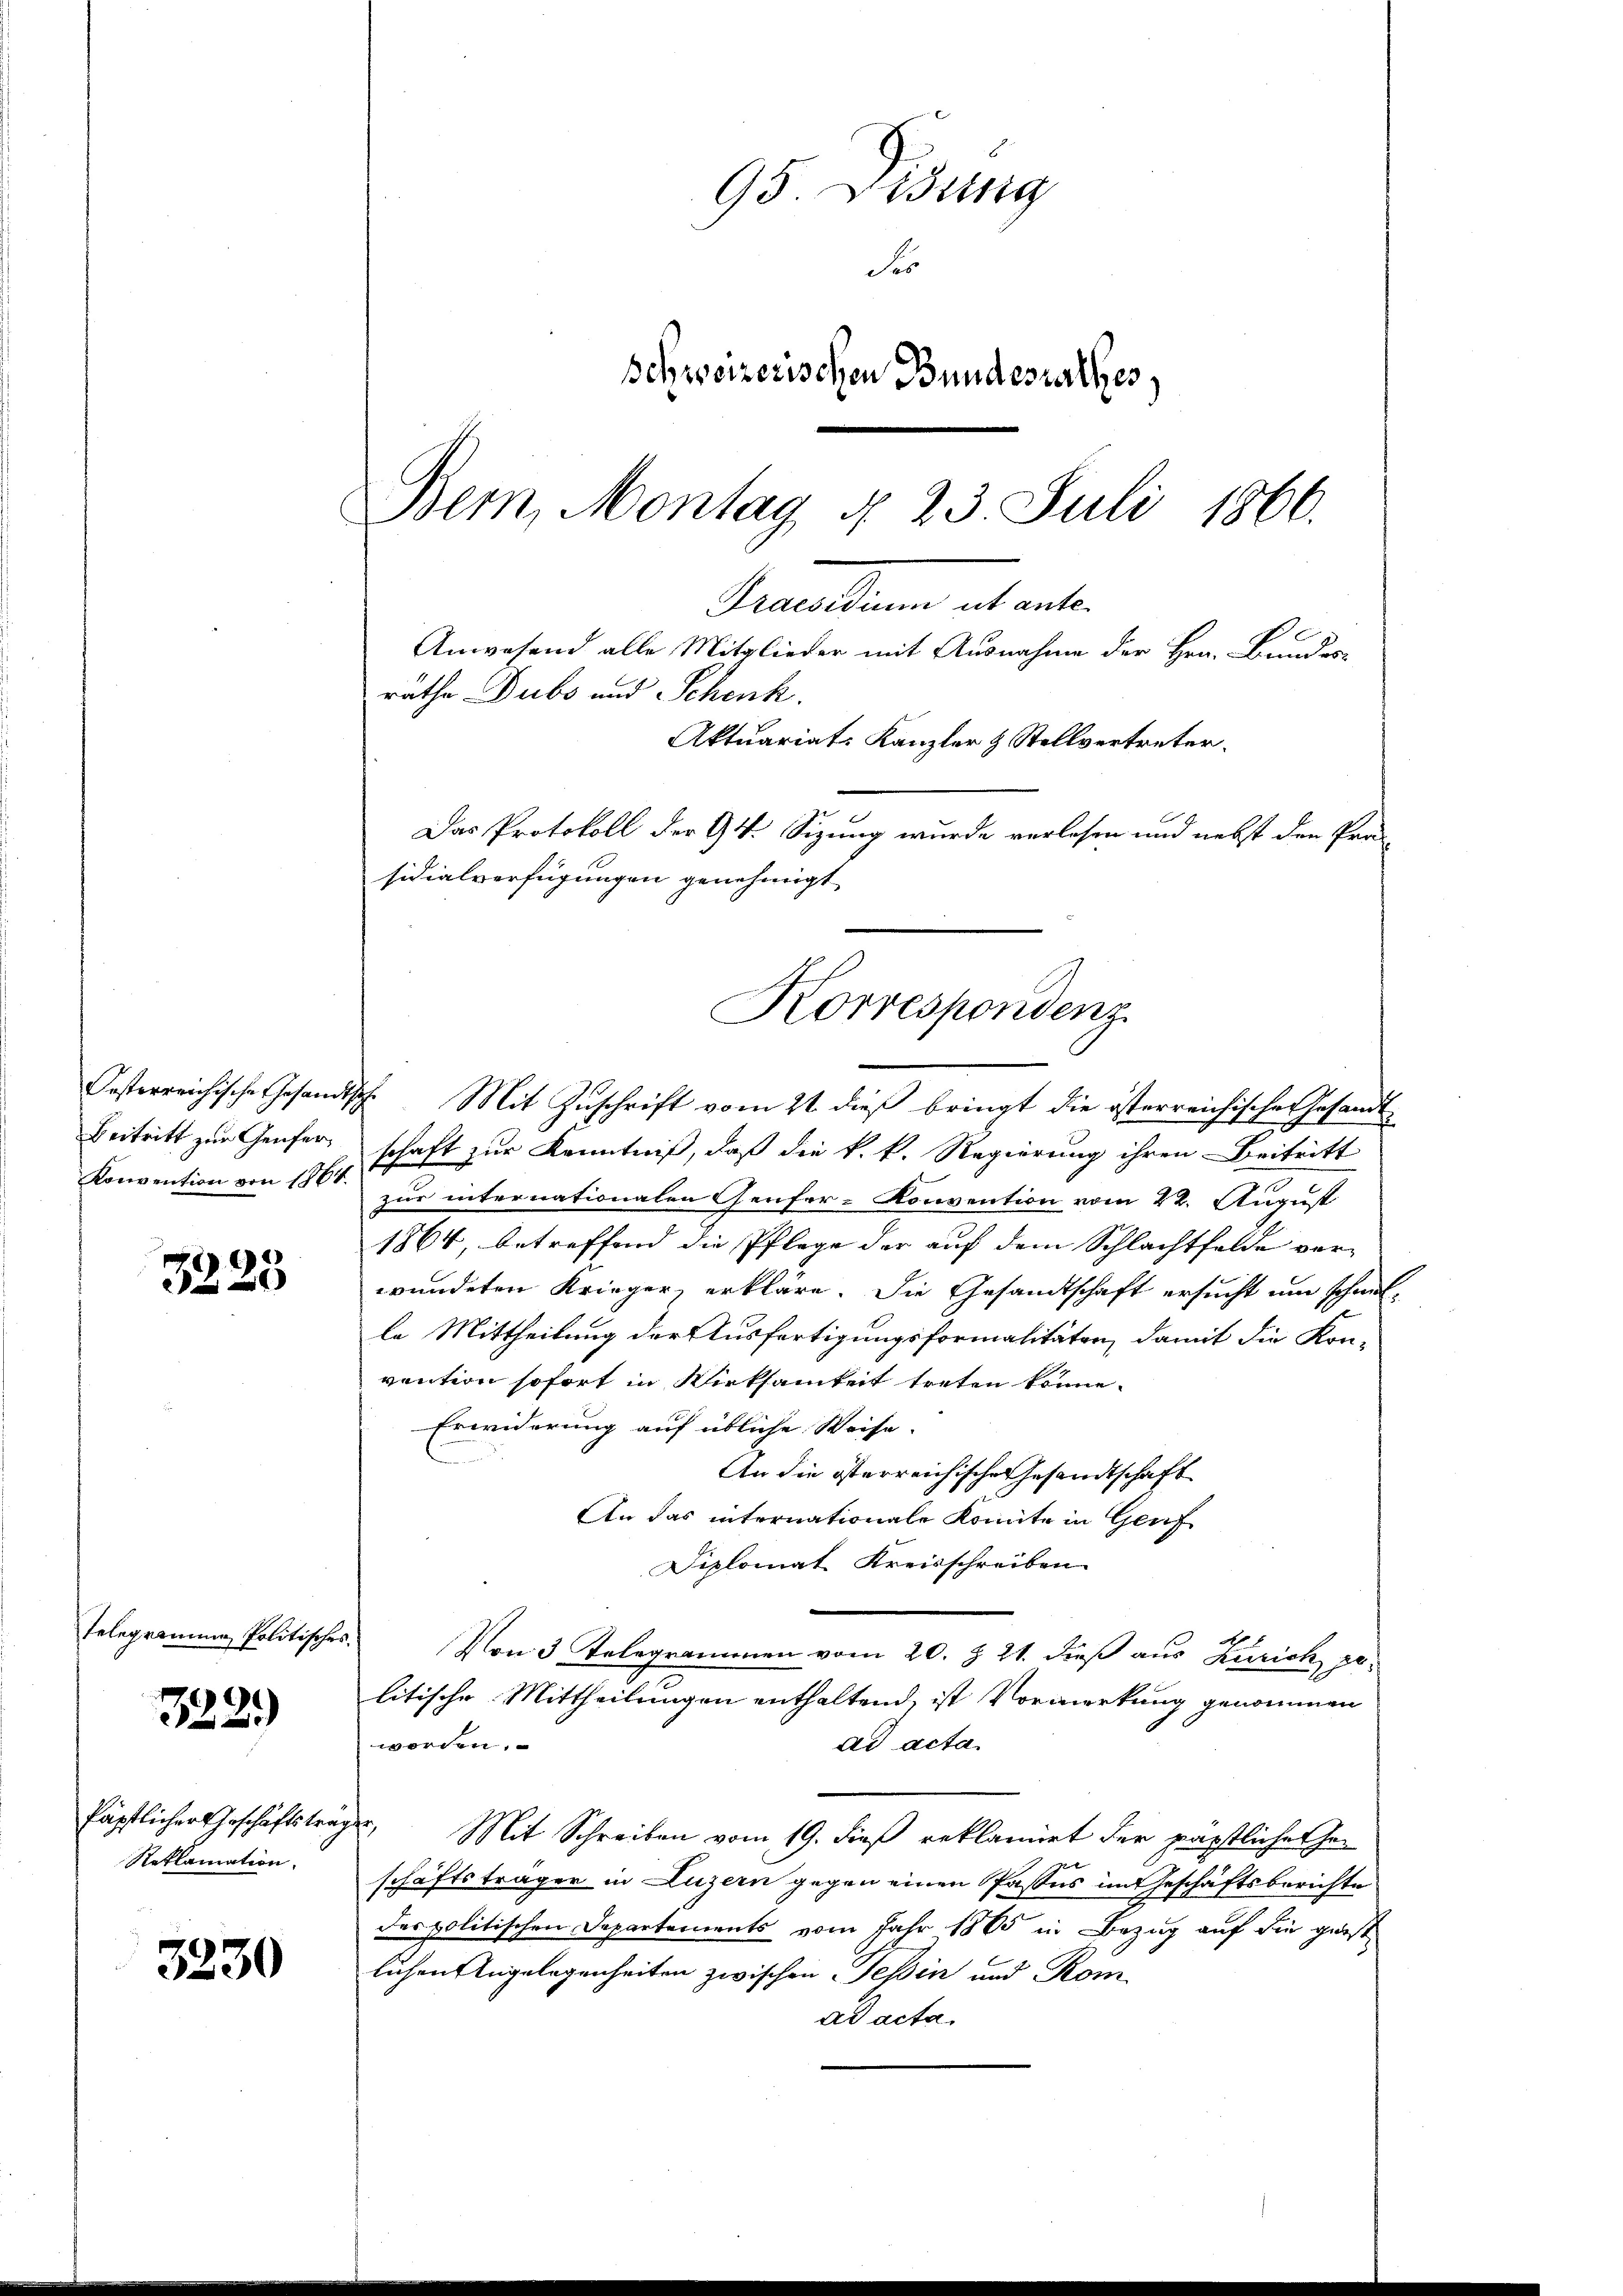
Oesterreichische Gesandt
Beitritt zur Genfer¬
Konvention von 1864.

3228

Telegramme Politisches.

322)

fäpflicher Geschäftstrag
Reklamation.

3230

95 Disung
So
schweizerischen Bundesrathes
Bem, Montag § 23 Juli 1866.
Praesidium ut ante¬
Anwesend alle Mitglieder mit Ausnahme der Hrn. Bundes-
rathe Dubs und Schenk.

Aktuariat-Kanzler & Stellvertreter.
.
Das Protokoll der 94. Sizung wurde verlesen und nebst den Prä-
sidialverfügungen genehmigt
Korresponden

h. Mit Zuschrift vom 21 dieß bringt die österreichisches Gesandt-
schaft zur Kenntniß, daß die k. k. Regierung ihren Beitritt
zur internationalen Genfer-Konvention vom 22. August
1864, betreffend die Pflege der auf dem Schlachtfelde ver-
wundeten Krieger, erkläre. Die Gesandtschaft ersucht um schmitle Mittheilung der Ausfertigungsformalitäten, damit die Kon-
vention sofort in Wirksamkeit treten könne.
Erwiderung auf übliche Weise.
An die österreichische Gesandtschaft
An das internationale konnte in Genf
Diplomat Kreisschreiben
Von 3 Telegrammen vom 20. Z. 21. dieß aus Zürich ge-
litische Mittheilungen enthaltend, ist Vormerkung genommen
worden.
ad acta
. Mit Schreiben vom 19. dieß reklamirt der päpstliches Her
schäftsträger in Luzern gegen einen Pastes im Geschäftsberichte
des politischen Departements vom Jahr 1885 in Bezug auf die geist
lichen Angelegenheiten zwischen Tessin und Rom
ad acta.